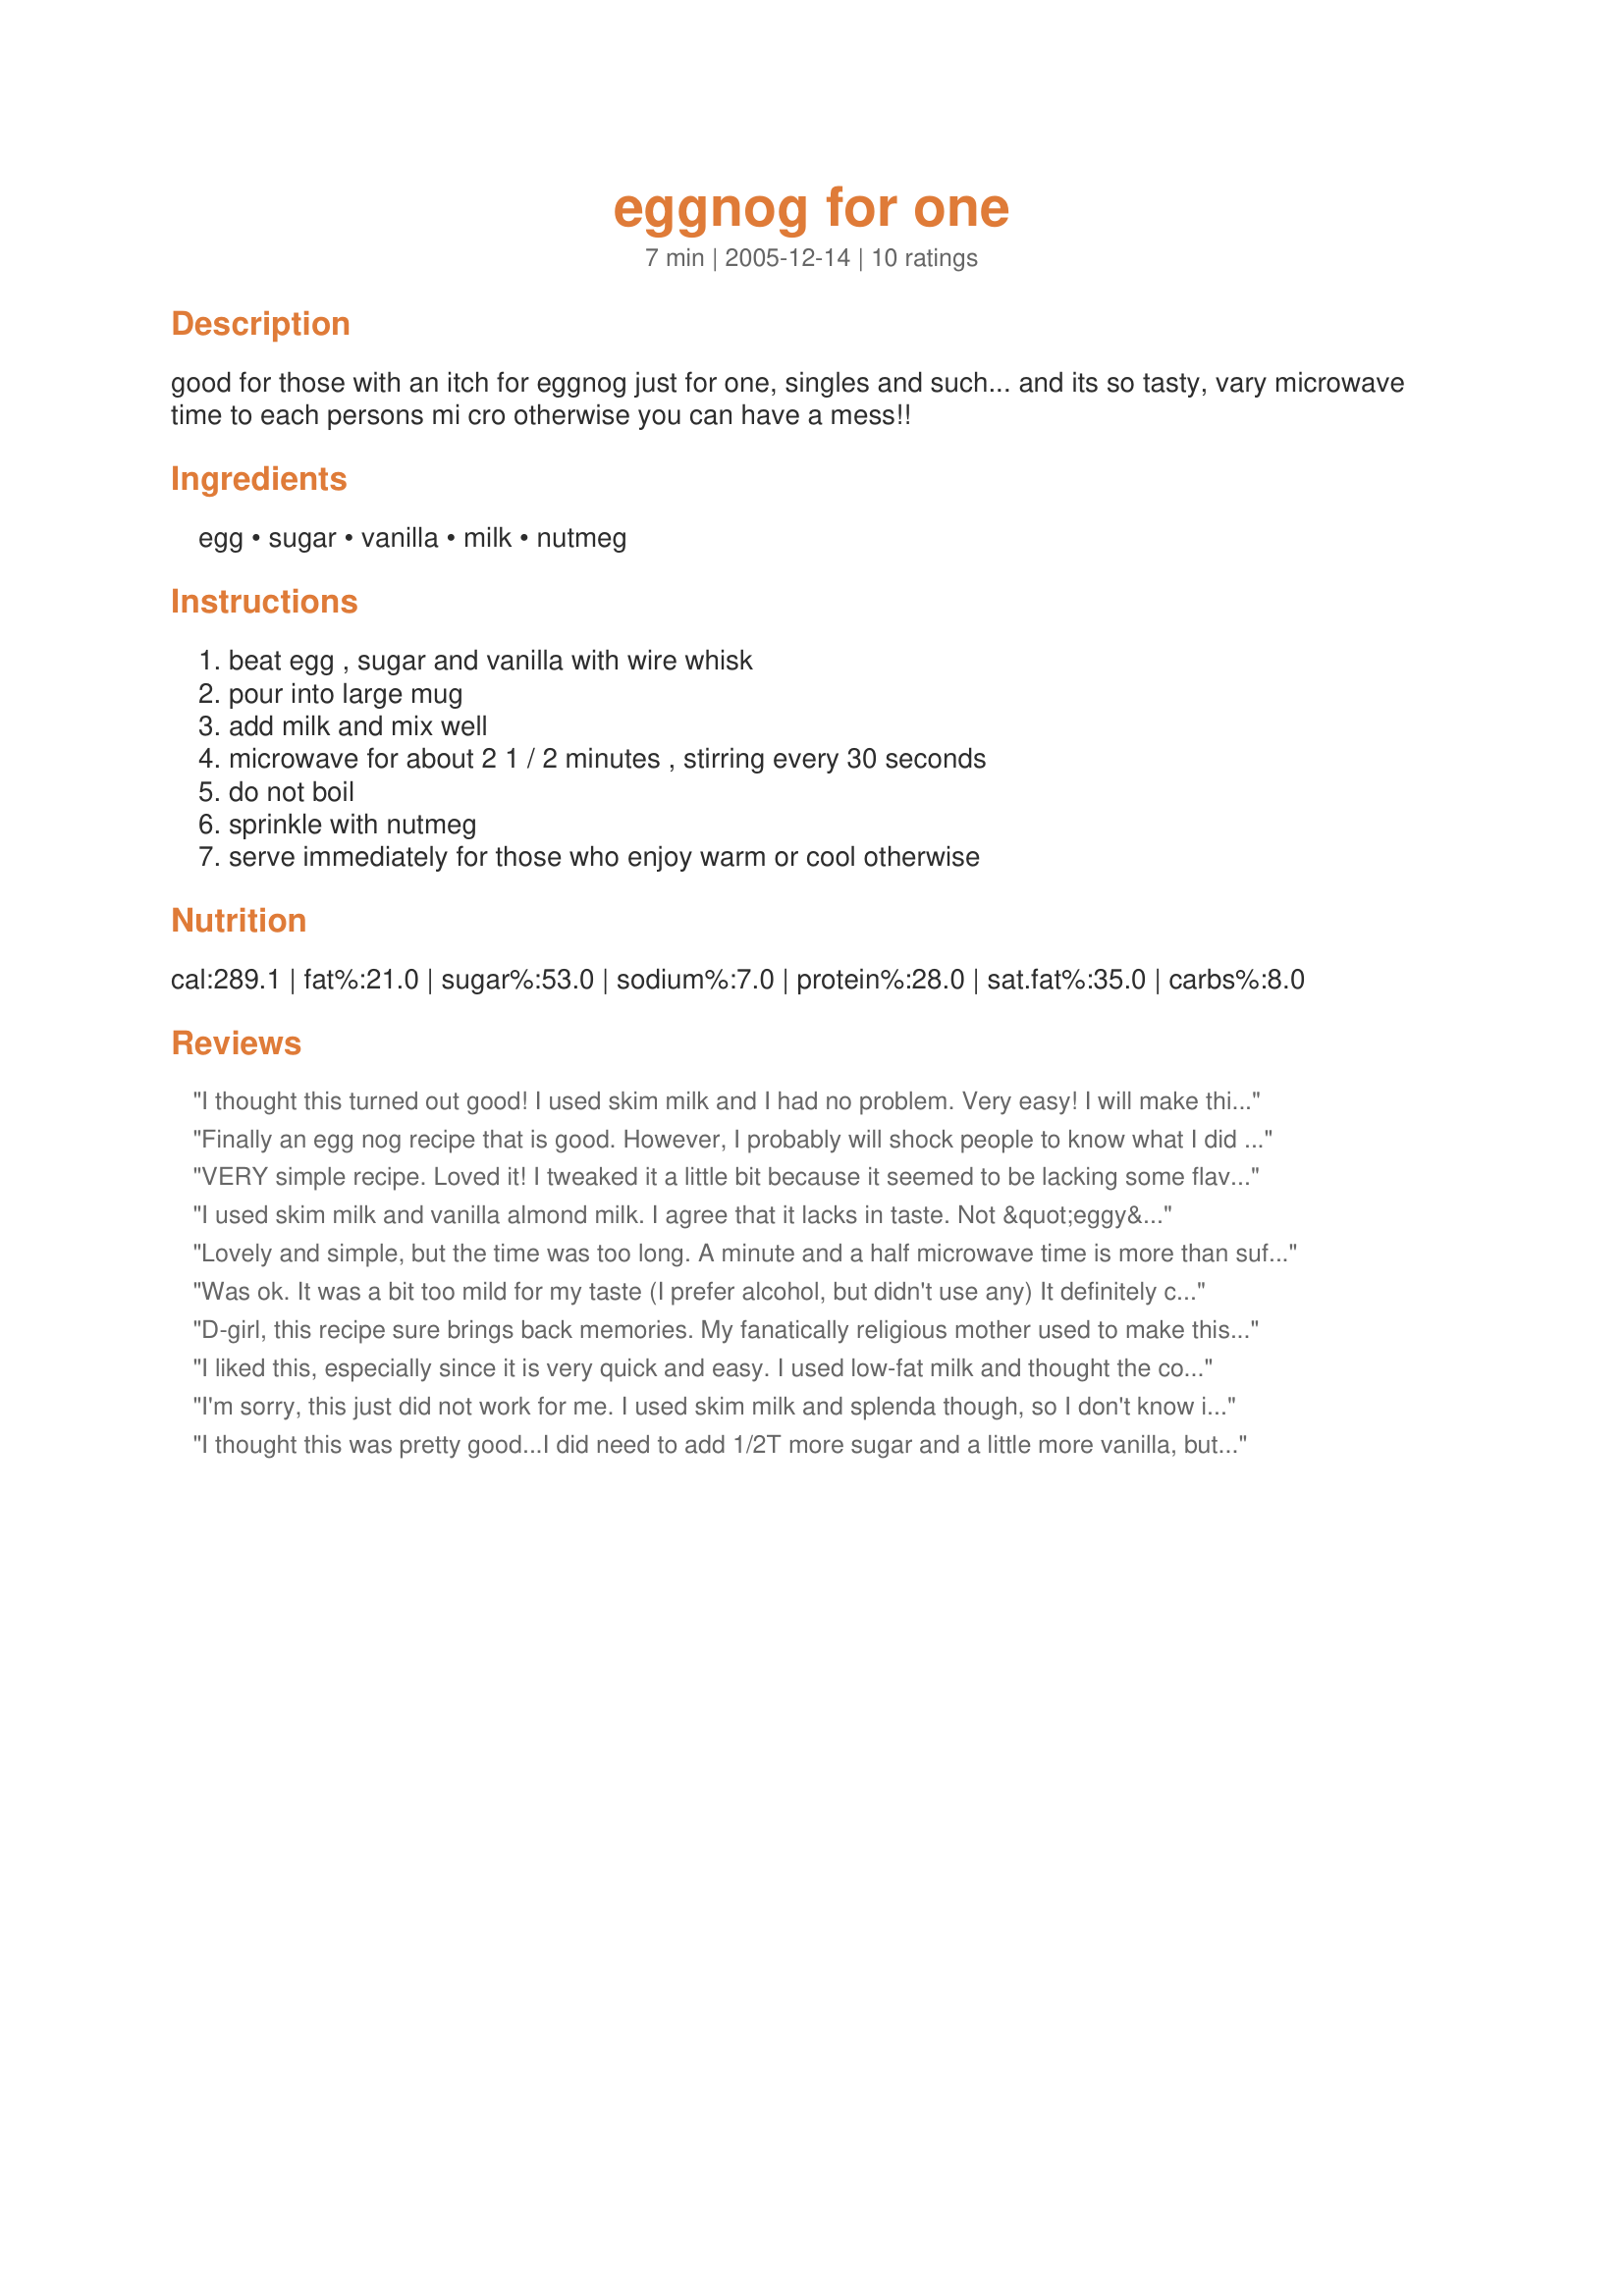
eggnog for one
Preparation time: 7 minutes

good for those with an itch for eggnog just for one, singles and such... and its so tasty, vary microwave time to each persons mi cro otherwise you can have a mess!!

Ingredients:
egg, sugar, vanilla, milk, nutmeg

Steps:
beat egg , sugar and vanilla with wire whisk, pour into large mug, add milk and mix well, microwave for about 2 1 / 2 minutes , stirring every 30 seconds, do not boil, sprinkle with nutmeg, serve immediately for those who enjoy warm or cool otherwise

Reviews:
I thought this turned out good! I used skim milk and I had no problem. Very easy! I will make this again
Finally an egg nog recipe that is good. However, I probably will shock people to know what I did with this. I have been doing low carb for over 6 years and tweaked this to suit my way of eating. I used my magic bullet and used 4 oz half and half and 4 oz heavy cream, 1 egg, 3 tablespoons splenda, nutmeg and the vanilla and whirred it up and did not cook it. I do not have problems with raw eggs. This was wonderful thank you. I also added about 3 ice cubes and 1/4 tsp xanthum gum to make it thicker but it would still be good without this. Thanks.
VERY simple recipe. Loved it! I tweaked it a little bit because it seemed to be lacking some flavor. I didn't change much though; I added half a tablespoon more of sugar, and 2 dashes of ground cloves, for that eggnoggy taste. :)
I used skim milk and vanilla almond milk. I agree that it lacks in taste. Not &quot;eggy&quot; enough.
Lovely and simple, but the time was too long. A minute and a half microwave time is more than sufficient, as my eggnog nearly curdled. However, up until this time I made stovetop eggnog, and this recipe was blessedly simple and a breeze.
Was ok. It was a bit too mild for my taste (I prefer alcohol, but didn't use any) It definitely calls for the addition of spices in lieu of alcohol imho.
D-girl, this recipe sure brings back memories. My fanatically religious mother used to make this delicious eggnog for us every Sunday morning as an inducement to get us out of bed and ready for church. Although I turned out to be an atheist, I still have fond memories of her eggnog - church notwithstanding! Thanks for the memories! ~Chef 289860.
I liked this, especially since it is very quick and easy. I used low-fat milk and thought the consistency was just fine. I thought the flavor was a little lacking though, I ended up increasing the sugar by half again as much. I'll try again and increase the vanilla too. Thanks for posting!
I'm sorry, this just did not work for me. I used skim milk and splenda though, so I don't know if that is why (hence no stars). I found that the egg never cooked thoroughly and while the taste was ok, the sliminess was just not to my liking. Sorry. Thanks for a neat one to try, though.
I thought this was pretty good...I did need to add 1/2T more sugar and a little more vanilla, but I nuked it for 3 minutes total (twice for a minute, twice for 30sec) at 80% power. It seems to need a few minutes to set up and get custard-y. It also benefits from a splash each of bourbon and brandy :).
